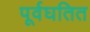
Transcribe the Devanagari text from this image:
पूर्वघतित